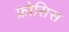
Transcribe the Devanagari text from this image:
फ्रोसिस